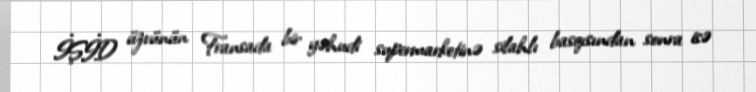
İŞİD üzvünün Fransada bir yəhudi supermarketinə silahlı basqısından sonra isə